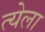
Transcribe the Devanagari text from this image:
त्येला